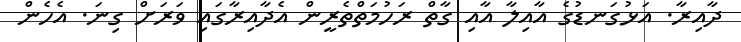
ދާއިރާ. އަޅުގަނޑުގެ އާއިލާ އާއި ގާތް ރަހުމަތްތެރީން އެދާއިރާގައި ވަރަށް ގިނަ. އެހެން